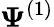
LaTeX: \mathbf{\Psi}^{(1)}